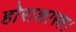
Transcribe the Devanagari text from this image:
होराशास्त्र।